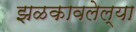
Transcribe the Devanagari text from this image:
झळकावलेल्या